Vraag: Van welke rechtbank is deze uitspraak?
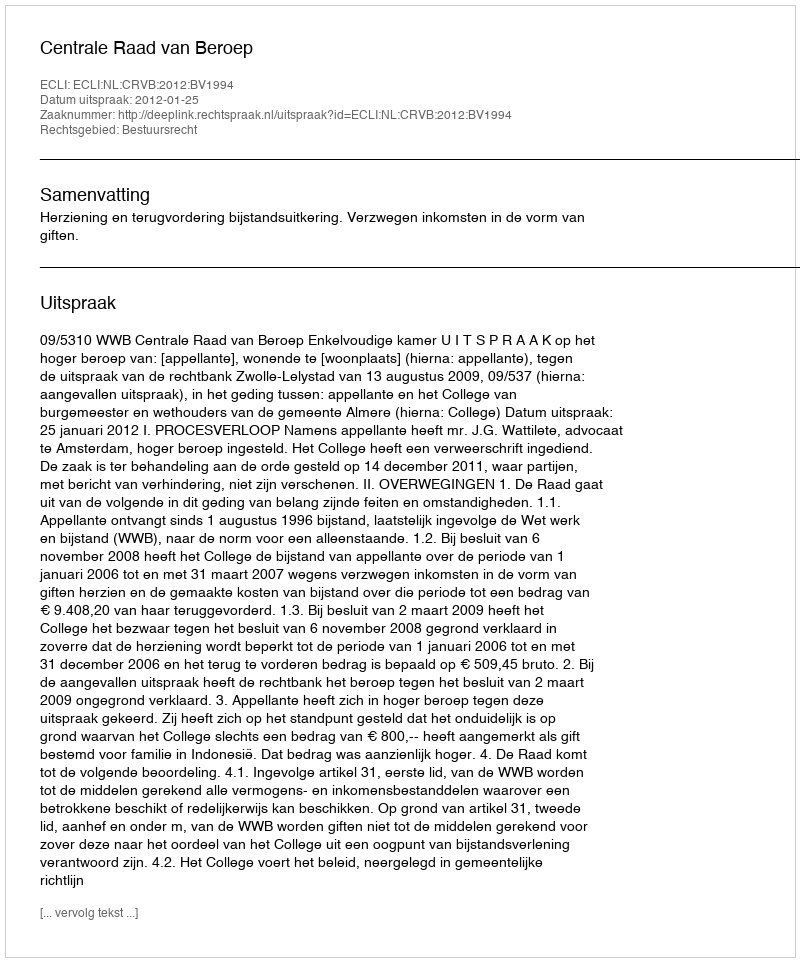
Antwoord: Centrale Raad van Beroep